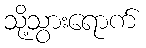
သို့သွားရောက်